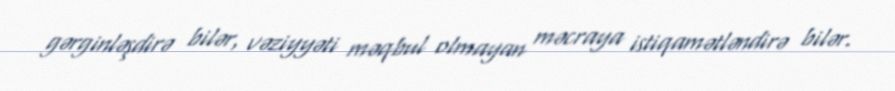
gərginləşdirə bilər, vəziyyəti məqbul olmayan məcraya istiqamətləndirə bilər.